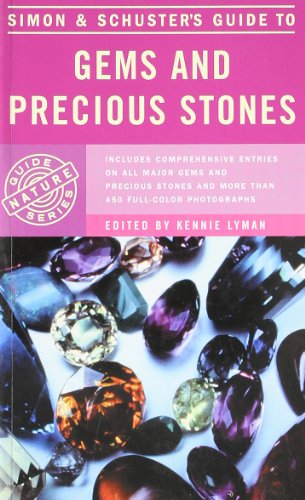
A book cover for Simon & Schuster's Guide to Gems and Precious Stones; Simon & Schuster; Science & Math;